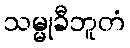
သမ္မုခီဘူတံ